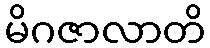
မိဂဇာလာတိ